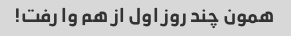
همون چند روز اول از هم وا رفت!